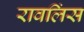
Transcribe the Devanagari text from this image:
रावलिंस